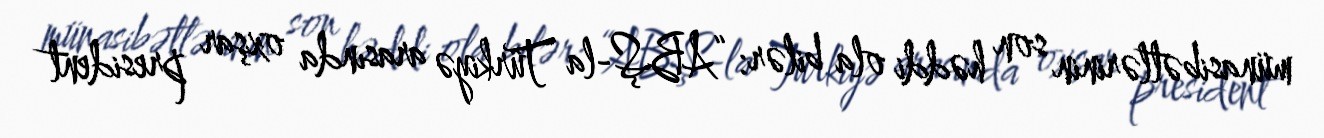
münasibətlərinin son həddi ola bilər: “ABŞ-la Türkiyə arasında oxşar president